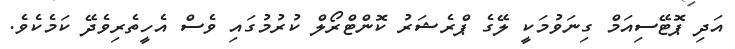
އަދި ޕޮޓޭސިއަމް ގިނަވުމަކީ ލޭގެ ޕްރެޝަރު ކޮންޓްރޯލް ކުރުމުގައި ވެސް އެހީތެރިވެދޭ ކަމެކެވެ.